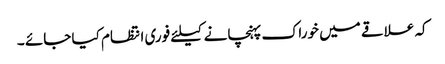
کہ علاقے میں خوراک پہنچانے کیلئے فوری انتظام کیا جائے ۔